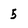
Character: 5